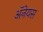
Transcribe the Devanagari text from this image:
अॅनेयस